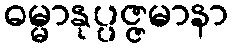
ဓမ္မာနုပ္ပဇ္ဇမာနာ